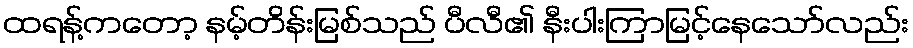
ထရန့်ကတော့ နမ့်တိန်းမြစ်သည် ပီလီ၏ နီးပါးကြာမြင့်နေသော်လည်း